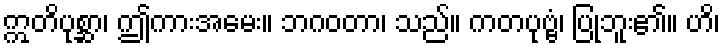
ဣတိပုစ္ဆာ၊ ဤကားအမေး။ ဘဂဝတာ၊ သည်။ ကတပုဗ္ဗံ၊ ပြုဘူး၏။ ဟိ၊